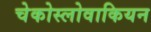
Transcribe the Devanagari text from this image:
चेकोस्लोवाकियन